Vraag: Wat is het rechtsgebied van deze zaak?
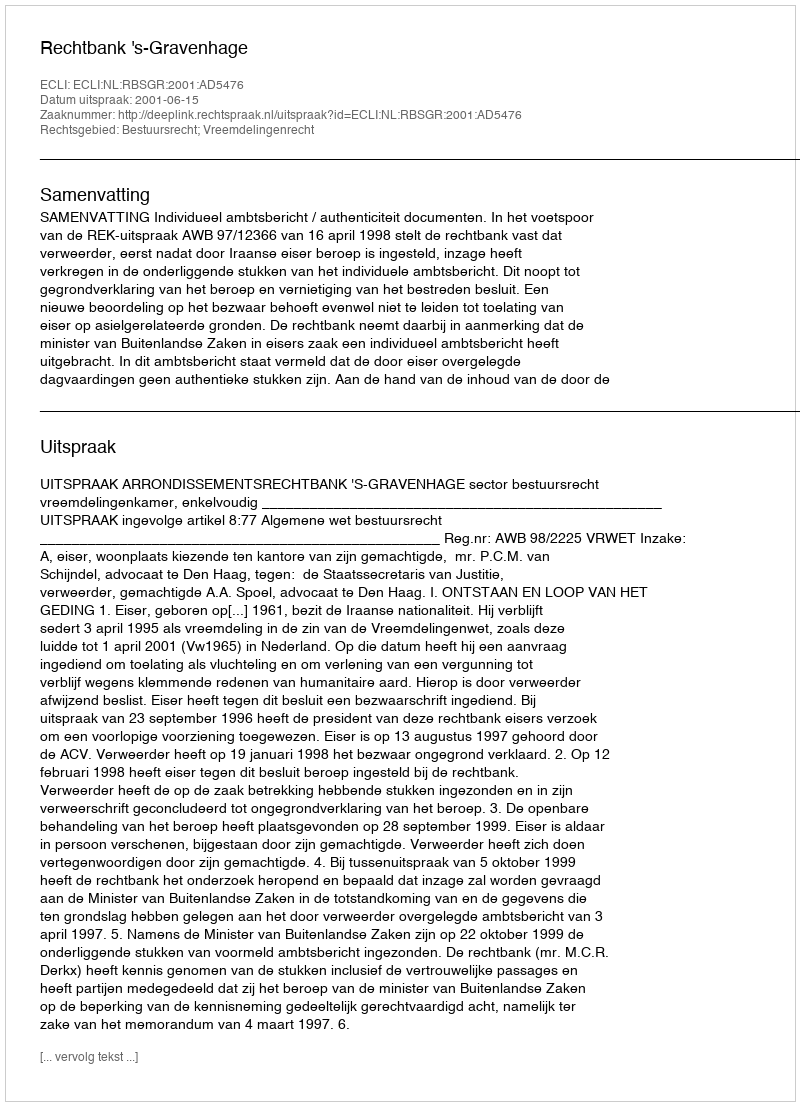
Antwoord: Bestuursrecht; Vreemdelingenrecht